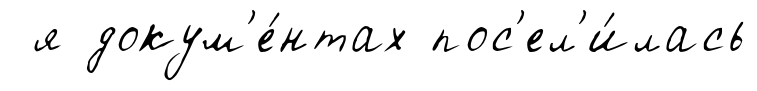
я докум'е́нтах пос'ел'и́лась